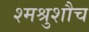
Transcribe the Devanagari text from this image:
श्मश्रुशौच